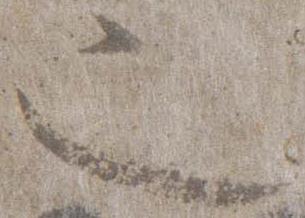
也